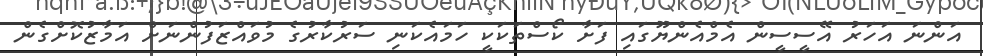
އަންނަ އަހަރު އޭސީސީން އެމްއެންޔޫގައި ފަށާ ކޯސްތަކަކީ ހަމައެކަނި ސަރުކާރުގެ މުވައްޒަފުންނަށް އަމާޒުކޮށްގެން